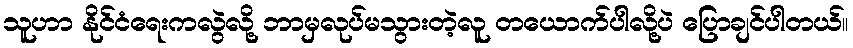
သူဟာ နိုင်ငံရေးကလွဲလို့ ဘာမှလုပ်မသွားတဲ့လူ တယောက်ပါလို့ပဲ ပြောချင်ပါတယ်။